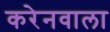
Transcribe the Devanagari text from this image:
करेनवाला